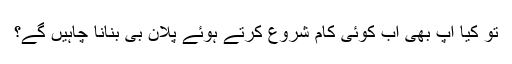
تو کیا آپ بھی اب کوئی کام شروع کرتے ہوئے پلان بی بنانا چاہیں گے؟